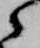
之